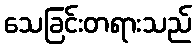
သေခြင်းတရားသည်